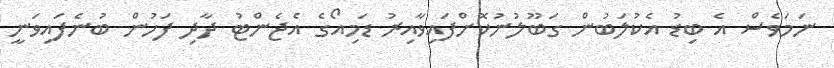
ނަމަވެސް އެ ބިޑު އެކުލަބުން ގަބޫލުނުކޮށްފައިވާއިރު ޑަމިއޯގެ އެޖެންޓު ދާދި ފަހުން ބުނެފައިވަނީ